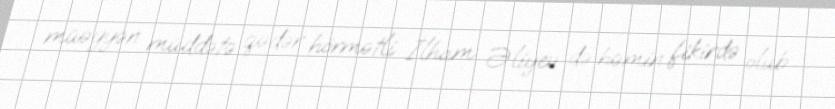
müəyyən müddətə qədər hörmətli İlham Əliyev də həmin fikirdə olub.